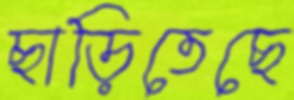
ছাড়িতেছে